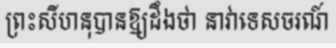
ព្រះសីហនុបានឱ្យដឹងថា នាវាទេសចរណ៍